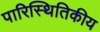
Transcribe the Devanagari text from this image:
पारिस्‍थितिकीय